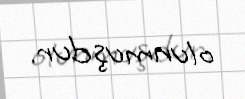
olunmuşdur.